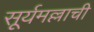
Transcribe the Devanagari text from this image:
सूर्यमल्लाची